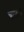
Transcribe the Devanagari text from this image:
चाफल